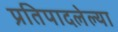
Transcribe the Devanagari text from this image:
प्रतिपादलेल्या